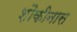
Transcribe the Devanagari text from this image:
शौकीनास